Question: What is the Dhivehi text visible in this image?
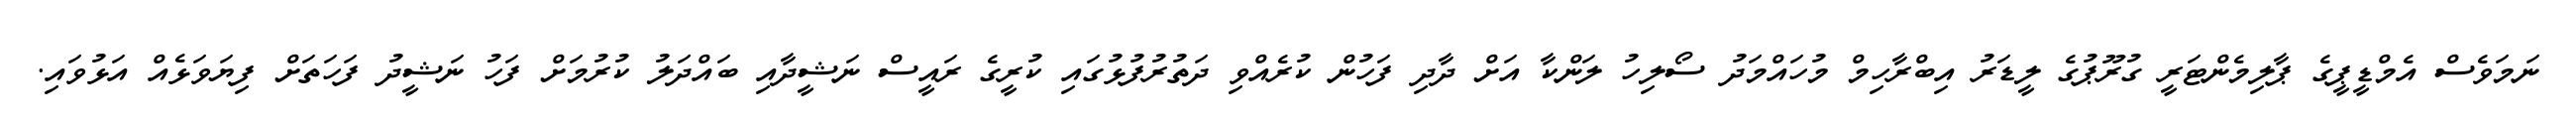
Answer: ނަމަވެސް އެމްޑީޕީގެ ޕާލިމެންޓަރީ ގުރޫޕުގެ ލީޑަރު އިބްރާހިމް މުހައްމަދު ސޯލިހު ލަންކާ އަށް ދާދި ފަހުން ކުރެއްވި ދަތުރުފުޅުގައި ކުރީގެ ރައީސް ނަޝީދާއި ބައްދަލު ކުރުމަށް ފަހު ނަޝީދު ފަހަތަށް ފިޔަވަޅެއް އަޅުވައި.